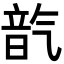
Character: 𪵦